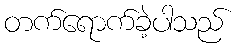
တက်ရောက်ခဲ့ပါသည်